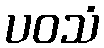
ပဝသံ